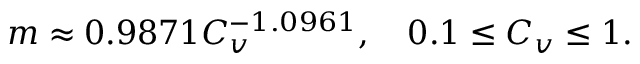
m \approx 0 . 9 8 7 1 C _ { v } ^ { - 1 . 0 9 6 1 } , \quad 0 . 1 \le C _ { v } \le 1 .